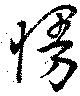
慢